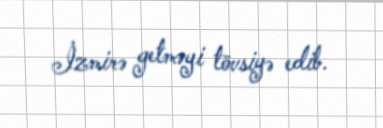
İzmirə getməyi tövsiyə edib.